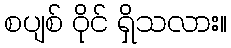
စပျစ် ဝိုင် ရှိသလား။